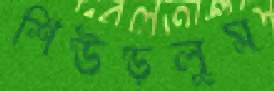
শিউড়লুম